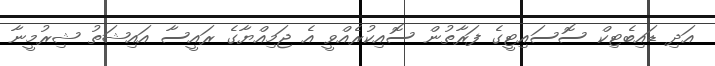
އަދި ޑައިބެޓިކް ސޮސައިޓީގެ ފަރާތުން ސޮއިކުރެއްވީ އެ ޖަމިއްޔާގެ ރައީސާ އައިޝަތު ޝިރުމީނާ